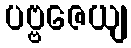
ပဗ္ဗဇေယျ